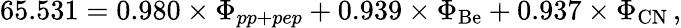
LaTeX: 65.531=0.980\times\Phi_{pp+pep}+0.939\times\Phi_{\mathrm{Be}}+0.937\times\Phi_{\mathrm{CN}}\, ,